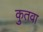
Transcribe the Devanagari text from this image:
कुतवा